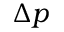
\Delta p